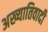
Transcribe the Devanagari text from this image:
अख्यातिवादी